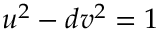
u ^ { 2 } - d v ^ { 2 } = 1